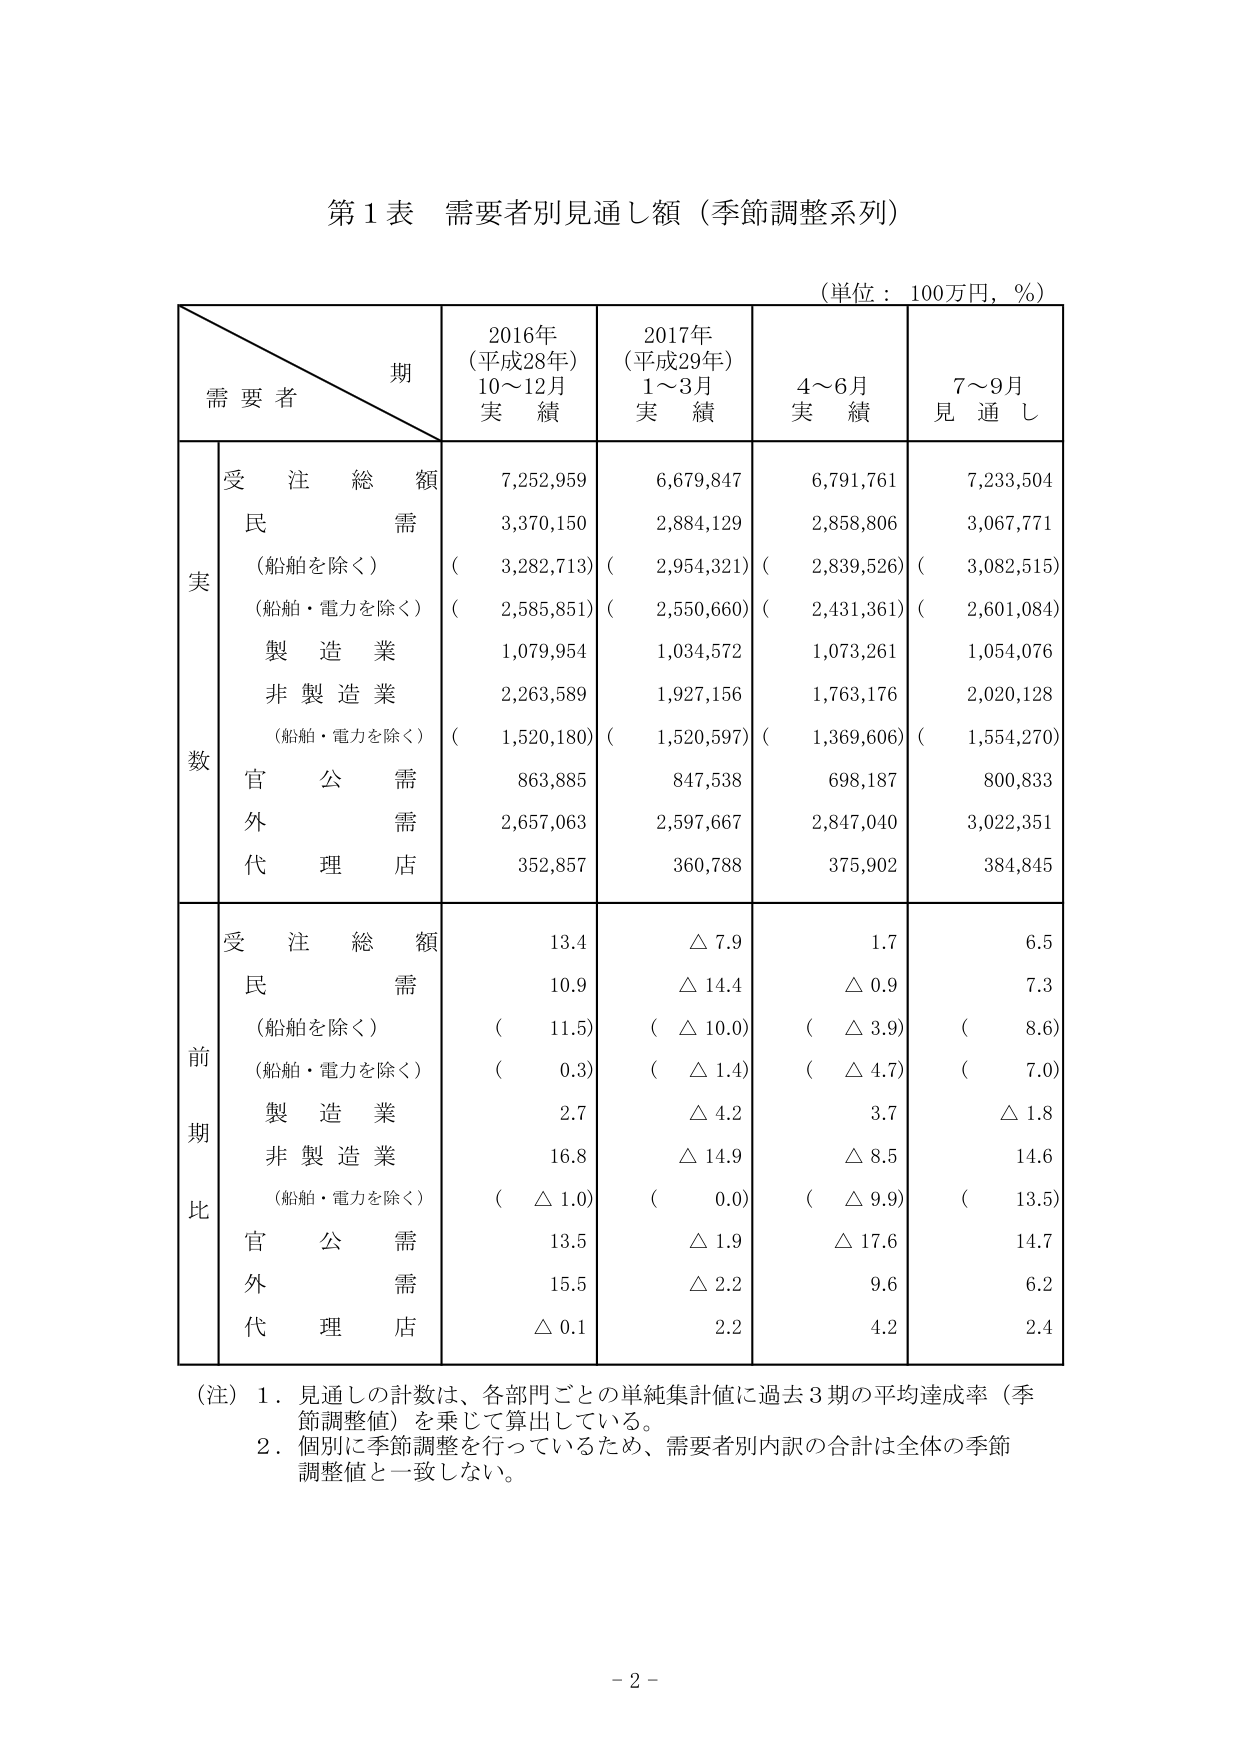
第１表 需要者別見通し額（季節調整系列）

（単位：100万円，％）

期
需要者
2016年
（平成28年）
10～12月
実績
2017年
（平成29年）
1～3月
実績
4～6月
実績
7～9月
見通し

実数
受注総額
7,252,959
6,679,847
6,791,761
7,233,504
民需
3,370,150
2,884,129
2,858,806
3,067,771
（船舶を除く）
（ 3,282,713）
（ 2,954,321）
（ 2,839,526）
（ 3,082,515）
（船舶・電力を除く）
（ 2,585,851）
（ 2,550,660）
（ 2,431,361）
（ 2,601,084）
製造業
1,079,954
1,034,572
1,073,261
1,054,076
非製造業
2,263,589
1,927,156
1,763,176
2,020,128
（船舶・電力を除く）
（ 1,520,180）
（ 1,520,597）
（ 1,369,606）
（ 1,554,270）
官公需
863,885
847,538
698,187
800,833
外需
2,657,063
2,597,667
2,847,040
3,022,351
代理店
352,857
360,788
375,902
384,845

前期比
受注総額
13.4
△ 7.9
1.7
6.5
民需
10.9
△ 14.4
△ 0.9
7.3
（船舶を除く）
（ 11.5）
（ △ 10.0）
（ △ 3.9）
（ 8.6）
（船舶・電力を除く）
（ 0.3）
（ △ 1.4）
（ △ 4.7）
（ 7.0）
製造業
2.7
△ 4.2
3.7
△ 1.8
非製造業
16.8
△ 14.9
△ 8.5
14.6
（船舶・電力を除く）
（ △ 1.0）
（ 0.0）
（ △ 9.9）
（ 13.5）
官公需
13.5
△ 1.9
△ 17.6
14.7
外需
15.5
△ 2.2
9.6
6.2
代理店
△ 0.1
2.2
4.2
2.4

（注）１．見通しの計数は、各部門ごとの単純集計値に過去３期の平均達成率（季節調整値）を乗じて算出している。
　　　２．個別に季節調整を行っているため、需要者別内訳の合計は全体の季節調整値と一致しない。

－２－